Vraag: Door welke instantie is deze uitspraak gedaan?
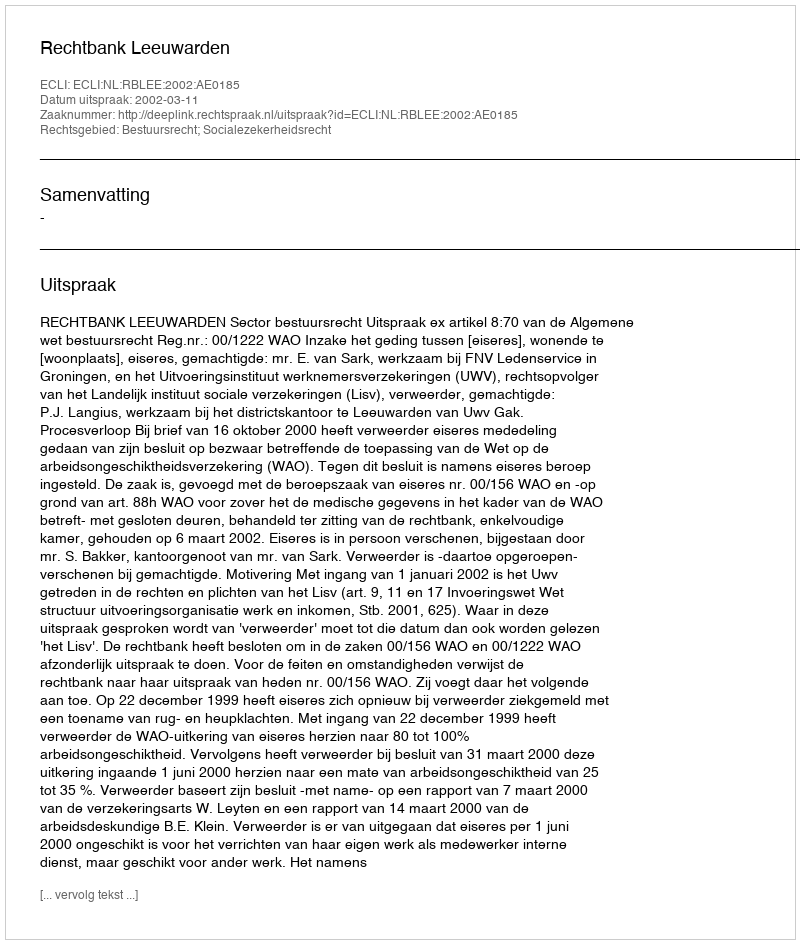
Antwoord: Rechtbank Leeuwarden